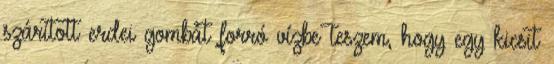
szárított erdei gombát forró vízbe teszem, hogy egy kicsit